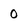
Character: o